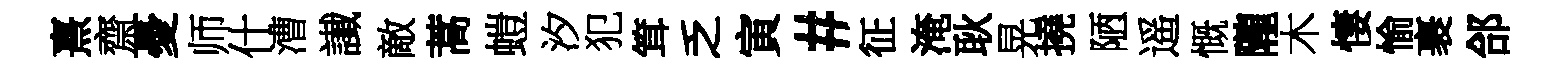
熹齋憂师什漕䜟敵蒿螘汐犯䇯乏寅#征淹耿晃撓陋遥慨隴木悽愉裹郃